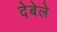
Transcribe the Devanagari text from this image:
देबेले